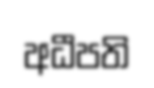
අධීපති